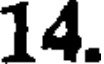
14.